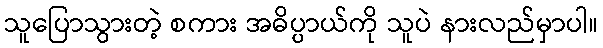
သူပြောသွားတဲ့ စကား အဓိပ္ပာယ်ကို သူပဲ နားလည်မှာပါ။